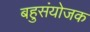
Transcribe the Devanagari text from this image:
बहुसंयोजक